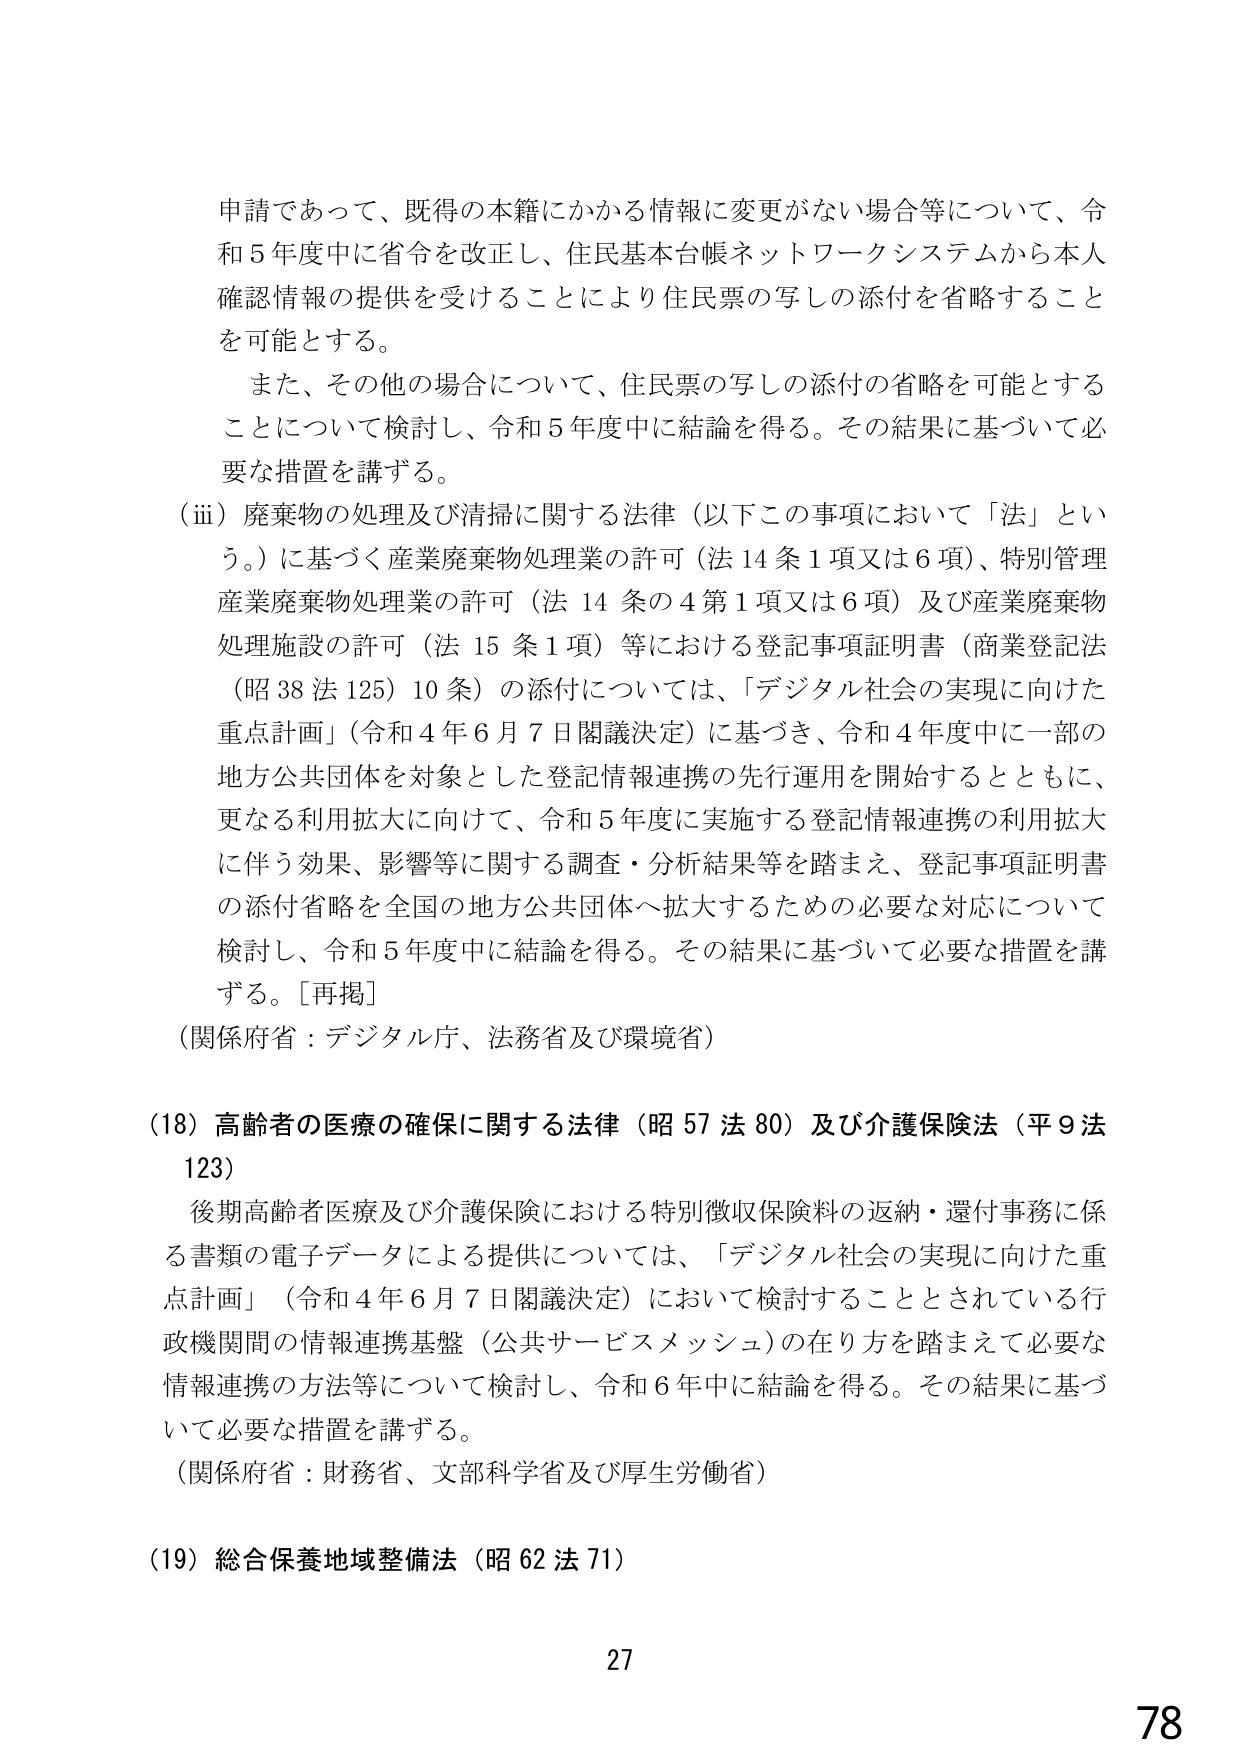
申請であって、既得の本籍にかかる情報に変更がない場合等について、令和５年度中に省令を改正し、住民基本台帳ネットワークシステムから本人確認情報の提供を受けることにより住民票の写しの添付を省略することを可能とする。

また、その他の場合について、住民票の写しの添付の省略を可能とすることについて検討し、令和５年度中に結論を得る。その結果に基づいて必要な措置を講ずる。

（ⅲ）廃棄物の処理及び清掃に関する法律（以下この事項において「法」という。）に基づく産業廃棄物処理業の許可（法14条1項又は6項）、特別管理産業廃棄物処理業の許可（法14条の4第1項又は6項）及び産業廃棄物処理施設の許可（法15条1項）等における登記事項証明書（商業登記法（昭38法125）10条）の添付については、「デジタル社会の実現に向けた重点計画」（令和4年6月7日閣議決定）に基づき、令和4年度中に一部の地方公共団体を対象とした登記情報連携の先行運用を開始するとともに、更なる利用拡大に向けて、令和5年度に実施する登記情報連携の利用拡大に伴う効果、影響等に関する調査・分析結果等を踏まえ、登記事項証明書の添付省略を全国の地方公共団体へ拡大するための必要な対応について検討し、令和5年度中に結論を得る。その結果に基づいて必要な措置を講ずる。［再掲］

（関係府省：デジタル庁、法務省及び環境省）

（18）高齢者の医療の確保に関する法律（昭57法80）及び介護保険法（平9法123）

後期高齢者医療及び介護保険における特別徴収保険料の返納・還付事務に係る書類の電子データによる提供については、「デジタル社会の実現に向けた重点計画」（令和4年6月7日閣議決定）において検討することとされている行政機関間の情報連携基盤（公共サービスメッシュ）の在り方を踏まえて必要な情報連携の方法等について検討し、令和6年中に結論を得る。その結果に基づいて必要な措置を講ずる。

（関係府省：財務省、文部科学省及び厚生労働省）

（19）総合保養地域整備法（昭62法71）

27

78